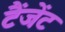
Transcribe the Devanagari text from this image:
टैंजेंट